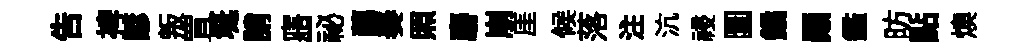
吿裨諺叛罝埏誚寤一祕藹奏照麝崩厓候落注沆祲圜鐍顚鑑昉點燠